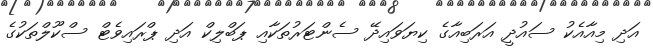
އަދި މިއާއެކު ސައުދީ އަރަބިއާގެ ކިޔަވައިދޭ ސެންޓަރުތަކާއި ޕަބްލިކް އަދި ޕްރައިވެޓް ސްކޫލްތަކުގެ